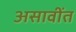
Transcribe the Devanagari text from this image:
असावींत